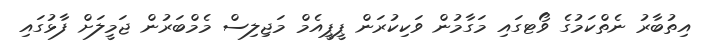
އިތުބާރު ނެތްކަމުގެ ވޯޓގައި މަގާމުން ވަކިކުރަން ޕީޕީއެމް މަޖިލިސް މެމްބަރުން ޖަމީލަށް ފާޅުގައި